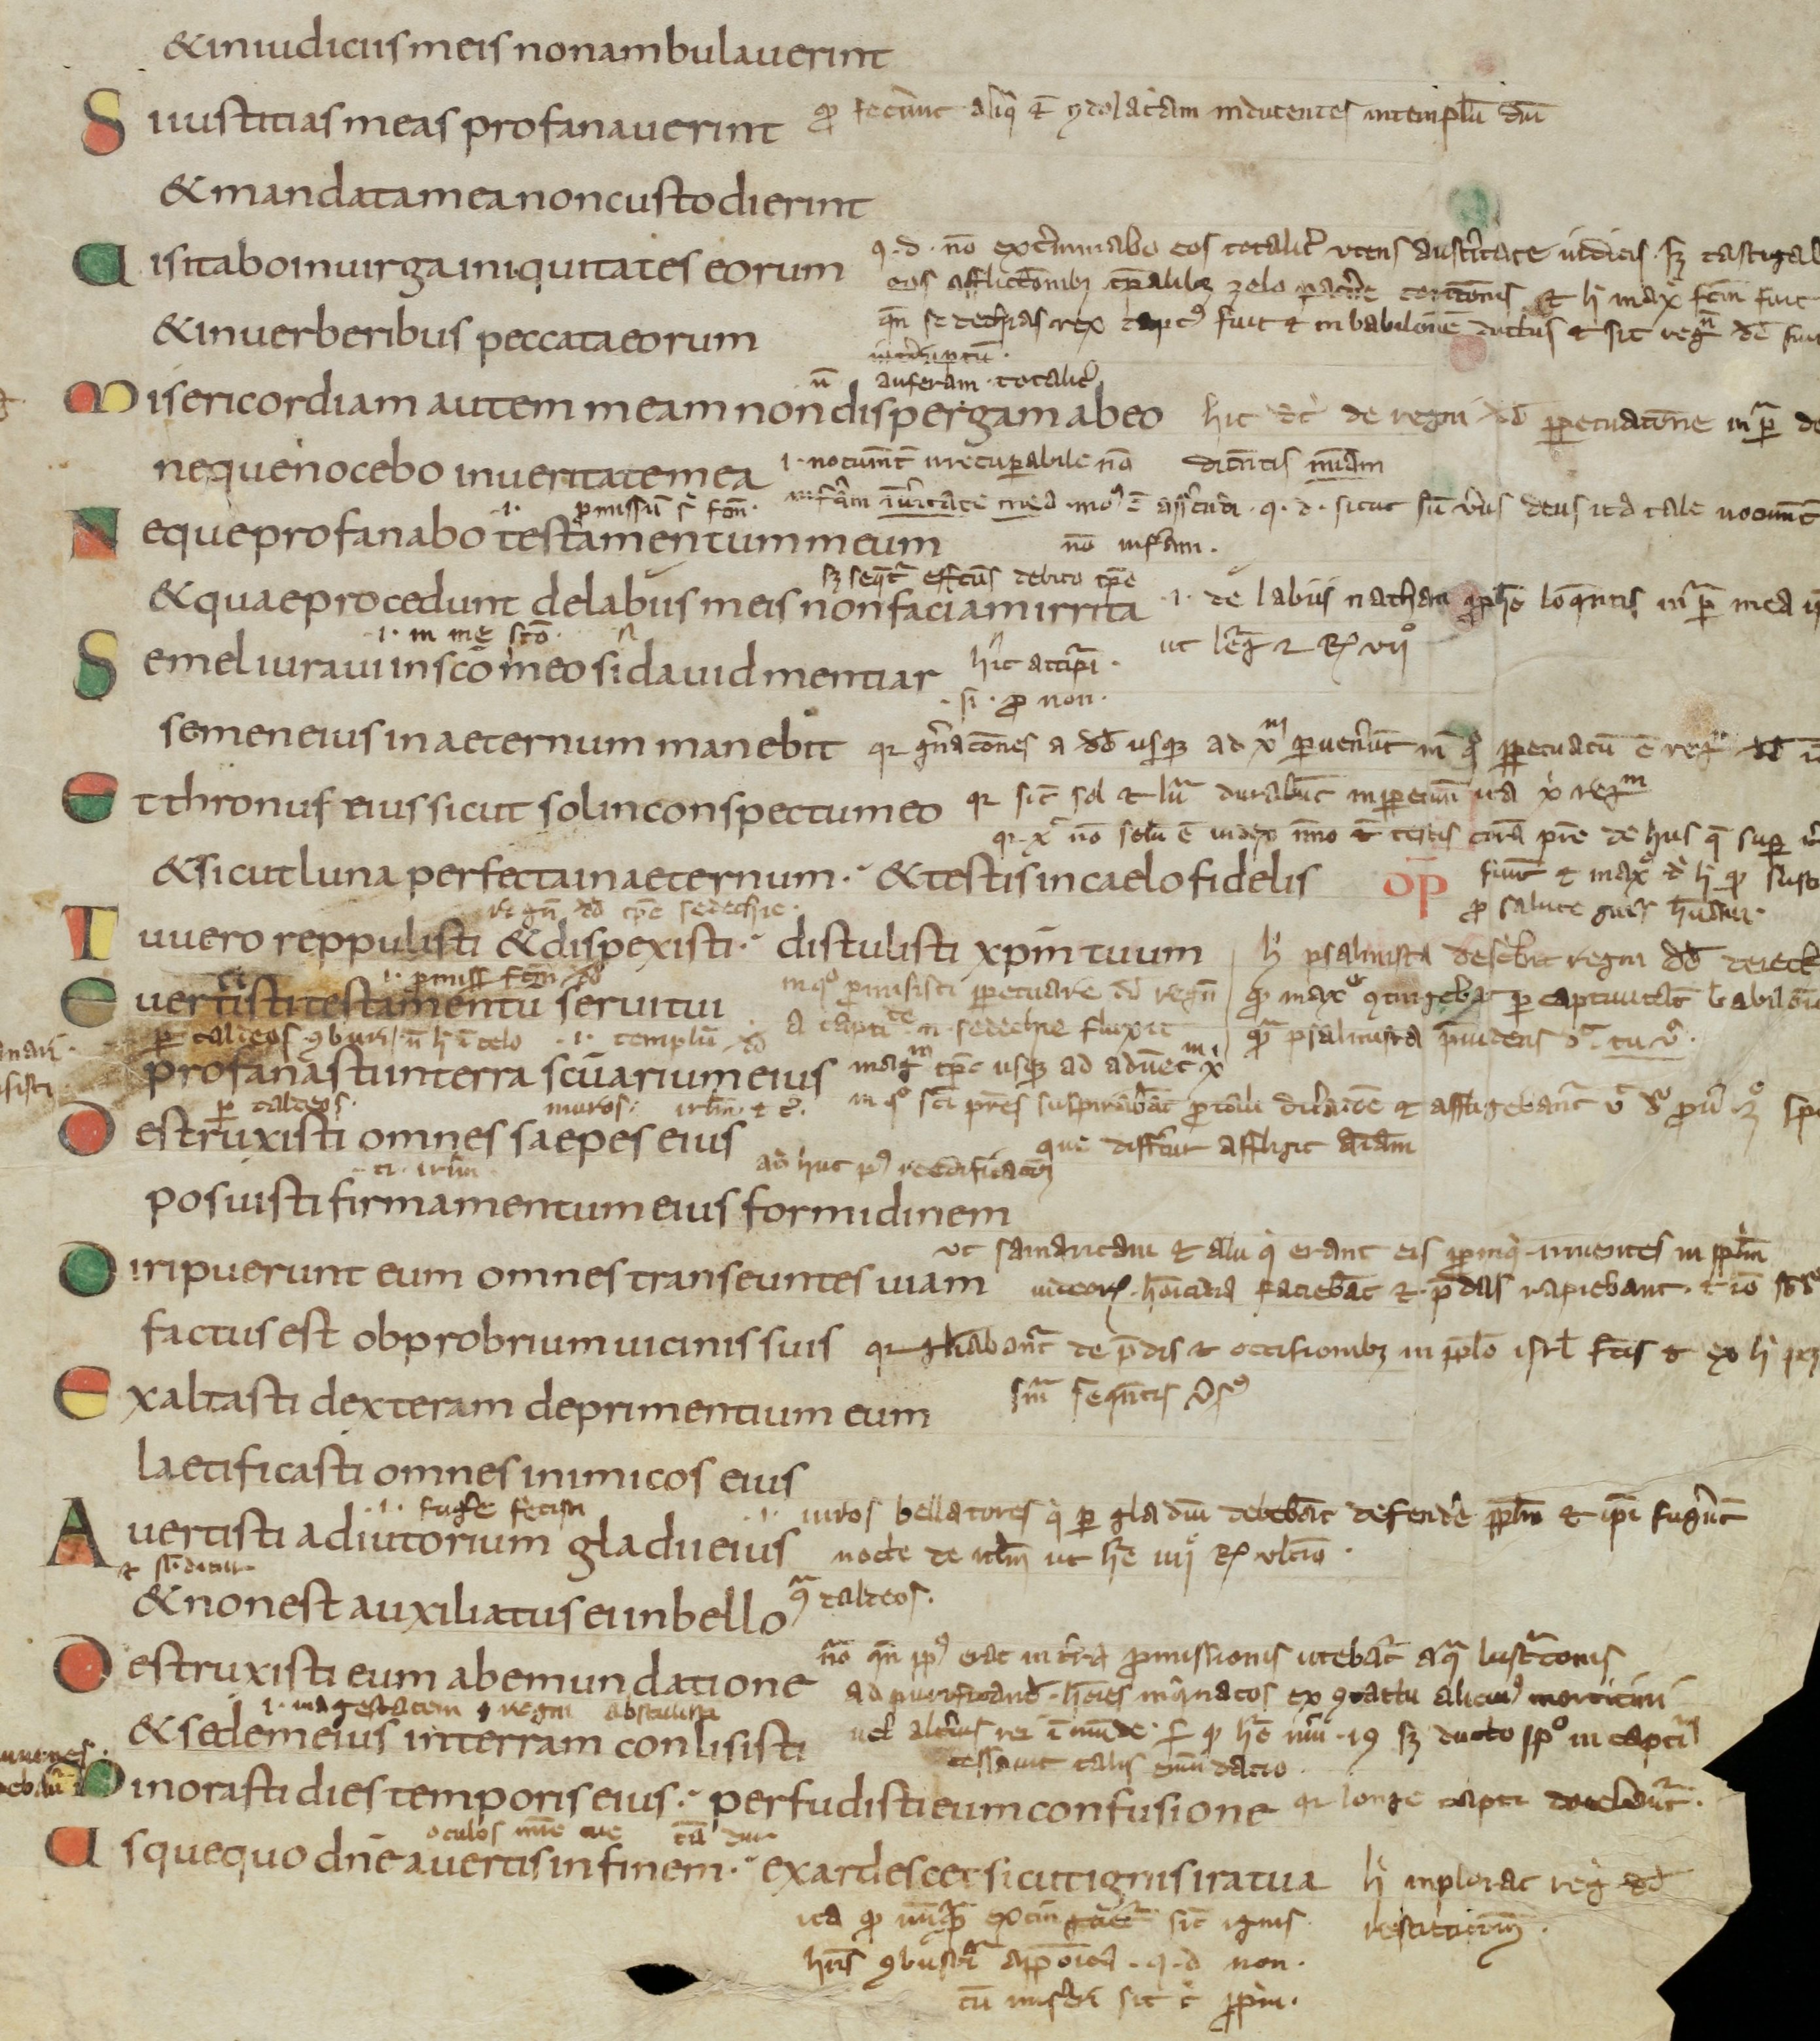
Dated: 800–899